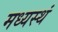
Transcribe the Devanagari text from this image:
मध्यस्थं